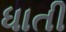
ધાતી